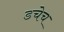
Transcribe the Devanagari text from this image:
डचेच